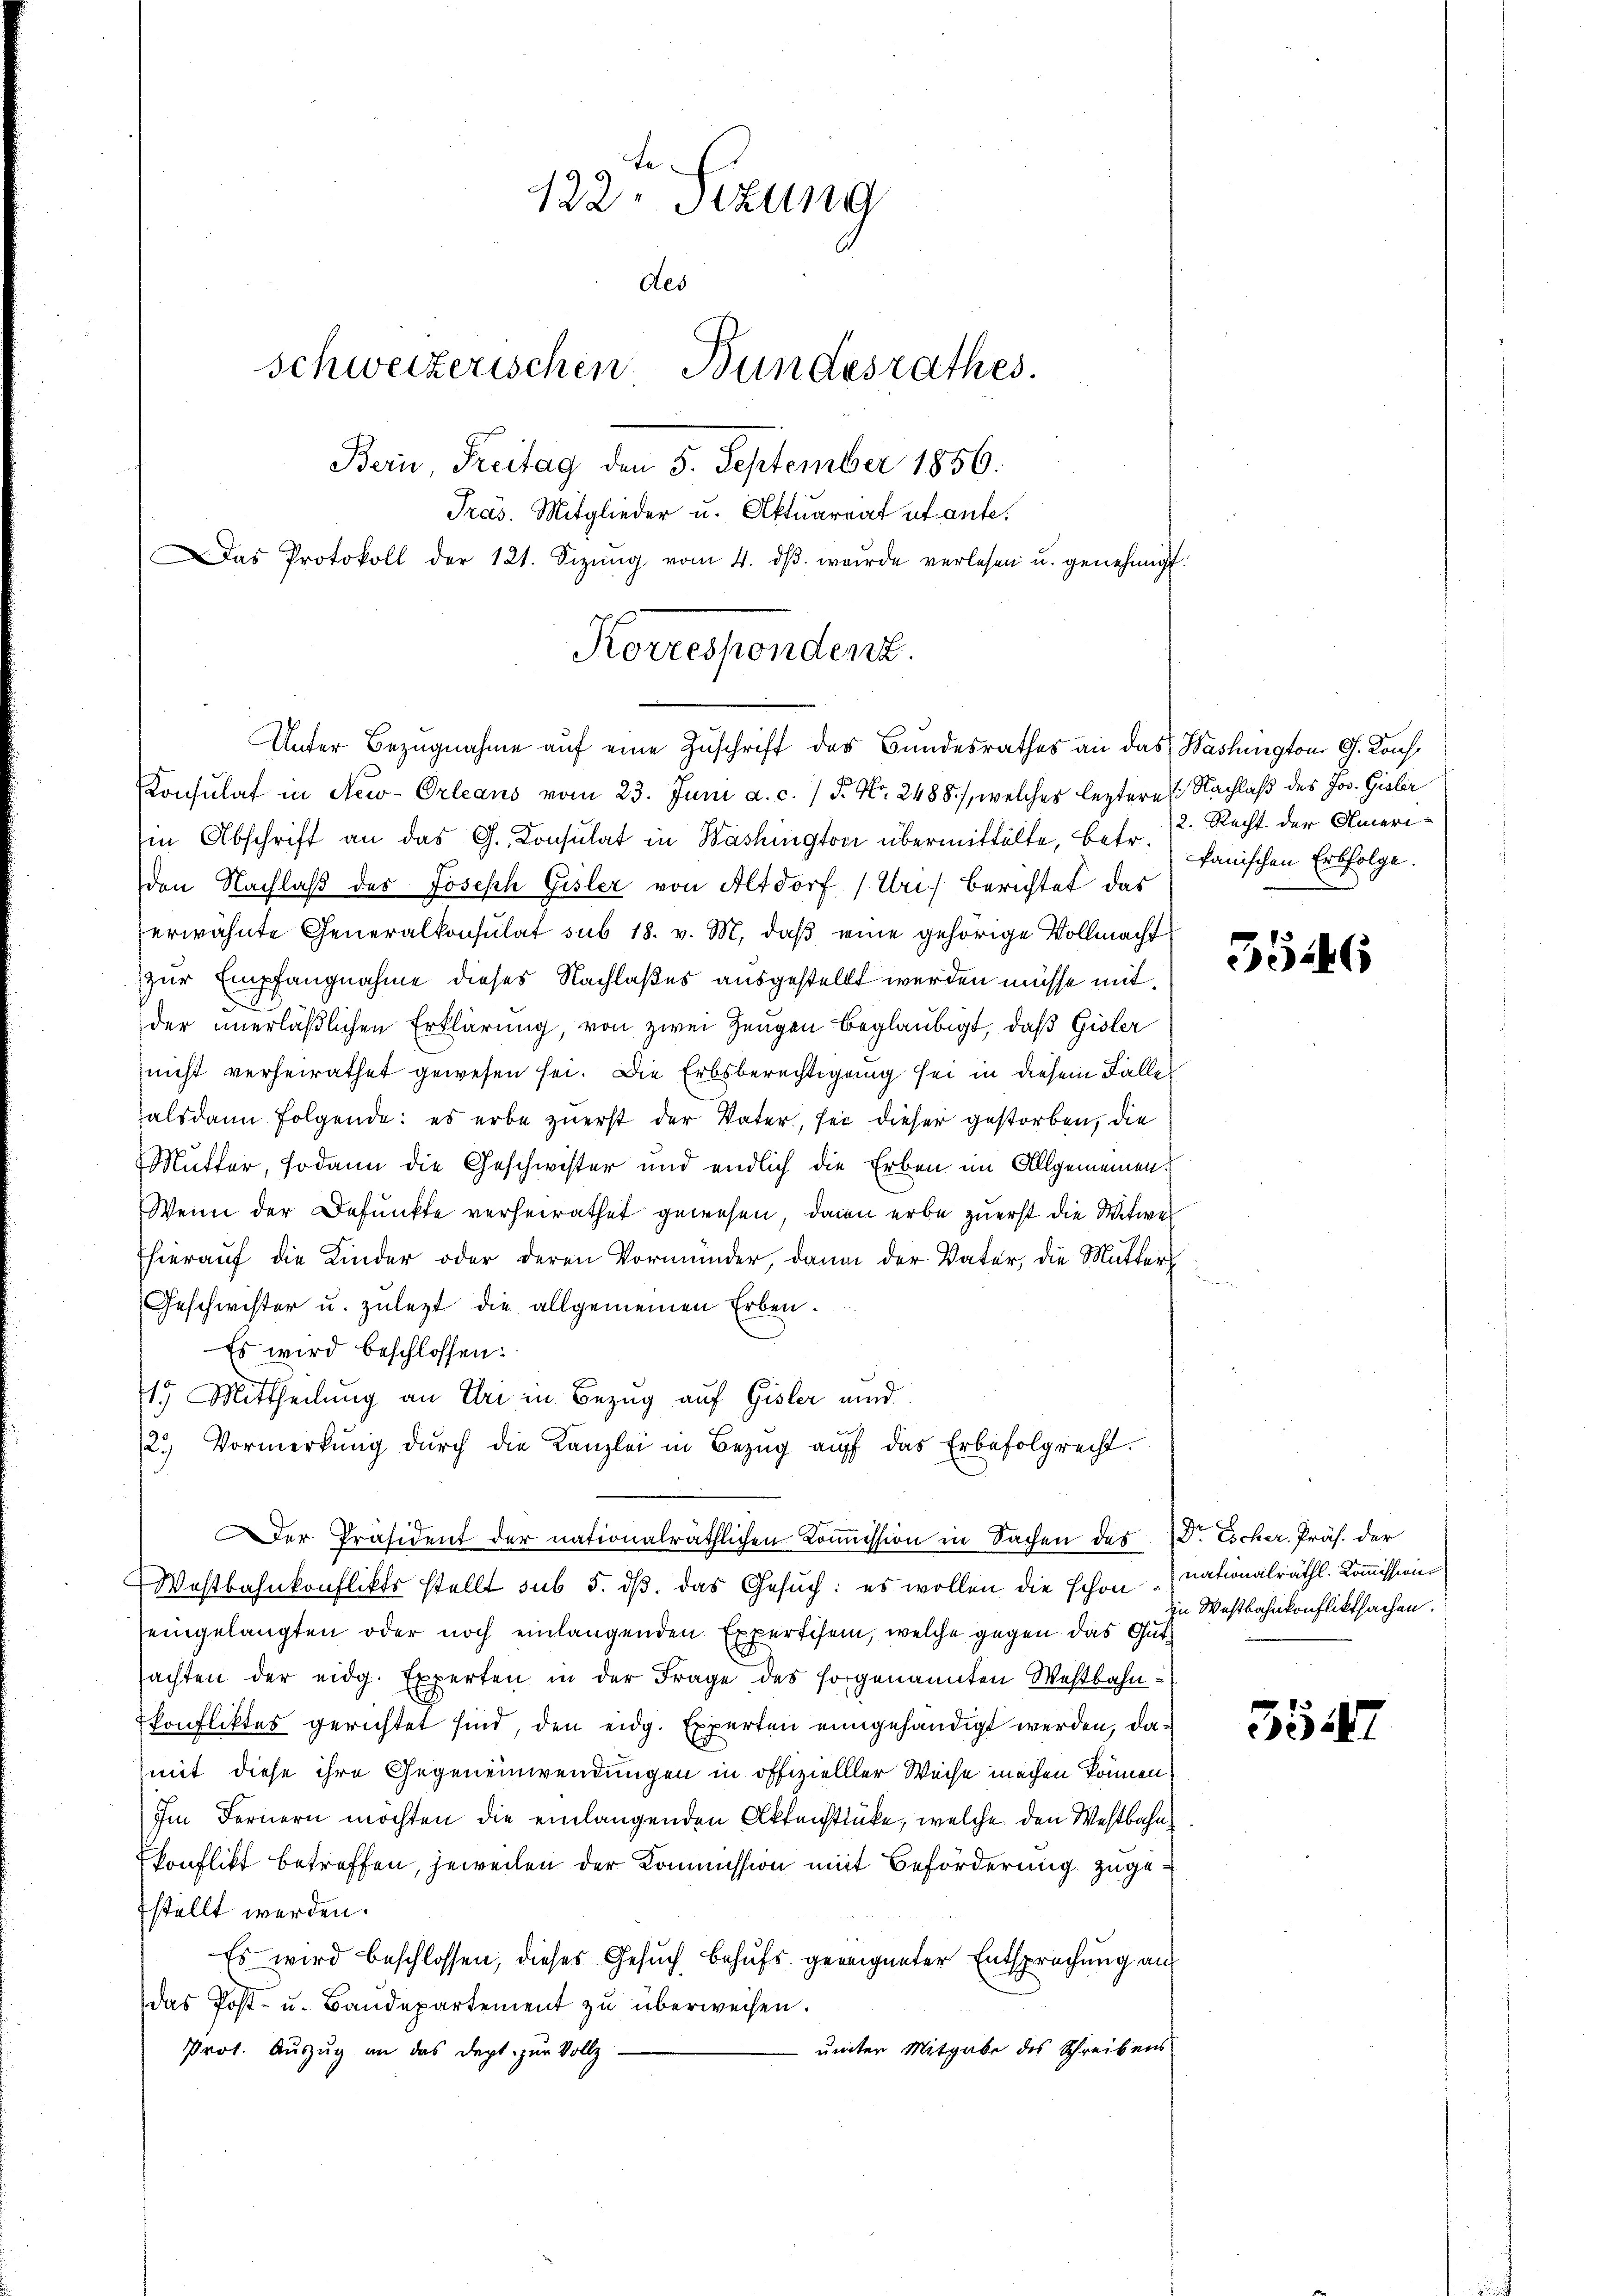
122. Sizung
des
schweizerischen Bundesrathes.
Bern Freitag den 5. September 1856.
Pras. Mitglieder u. Aktuariat abante.
as Protokoll der 121. Sizŭng vom 4. dβ. werde verlesen u. genehmigt.

Konsulat in New-Orleans vom 23. Juni a. c. 1 P. Nr. 2488), welches leztere Nachlaß des Jos. Gisler
in Abschrift an das G. Consulat in Washington übermittelte, betr. Panischen Erbfolge.
den Nachlaß des Joseph Gisler von Altdorf (Uri, berichtet das
erwähnte Generalkonsulat sub 18. v. M. daß eine gehörige Vollmacht
zur Empfangnahme dieses Nachlaßes ausgestellt werden müsse mitder unerläßlichen Erklärung, von zwei Zeugen beglaubigt, daß Gisler
nicht verheirathet gewesen sei. Die Erbsberechtigung sei in diesem Falles
alsdann folgende: es erbe zuerst der Vater, sei dieser gestorben, die
Mutter, sodann die Geschwister und endlich die Erben im Allgemeinen
Wenn der Befunkte verheirathet gewesen, dann erbe zuerst die Witwel
Thierauf die Kinder oder deren Vormünder, dann der Vater, die Mutters
Geschwister u. zuletzt die allgemeinen Erben¬
Es wird beschlossen:
15 Mittheilung an Uri in Bezug auf Gisler und
2.) Vormerkŭng dŭrch die Kanzlei in Bezŭg aŭf das Erbefolgrecht.
er Präsident der nationalräthlichen Koṁission in Sachen des Dr Escher. Präs. der
Westbahnkonflikts stellt sub 5. dβ. das Gesuch: es wollen die schon nationalräthl. Kommission
eingelangten oder noch einlangenden Expertisem, welche gegen das Gutsachten der eidg. Experten in der Frage des sorgenannten Westbahnkonfliktes gerichtet sind, den eidg. Experten eingehändigt werden, damit diese ihre Gegeneinwendungen in offizielller Weise machen können,
Im Fernern möchten die einlangenden Aktenstücke, welche den Westbahn¬
Conflikt betreffen, jeweilen der Kommission mit Beförderung zugestellt werden.
Es wird beschlossen, dieses Gesuch behufs geeigneter Entsprechung aus
das Post- u. Baŭdepartement zŭ überweisen.
unter Mitgabe des Schreibens
Prot. Auszug an das Dept zur Vollz

Korrespondenz.
Unter Bezugnahme auf eine Zuschrift des Bundesrathes an das Washington G. Kons.

2. Recht der Ameri¬

5546

zu Westbahnkonfliktsachen.

e
e